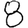
Digit: 8